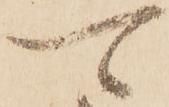
可